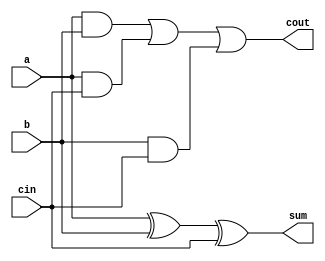
module top_module( 
    input a, b, cin,
    output cout, sum );
assign sum = a ^ b ^ cin;
assign cout = a&b | a&cin | b&cin;
endmodule